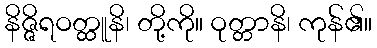
နိဇ္ဇိရဝတ္ထူနိ၊ တို့ကို။ ဝုတ္တာနိ၊ ကုန်၏။